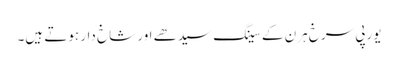
یورپی سرخ ہرن کے سینگ سیدھے اور شاخ دار ہوتے ہیں۔